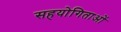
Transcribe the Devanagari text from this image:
सहयोगिताओं